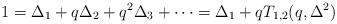
LaTeX: \begin{align*}1=\Delta _1+q\Delta _2+q^2\Delta _3+\cdots =\Delta _1+qT_{1,2}(q,\Delta ^2)\end{align*}